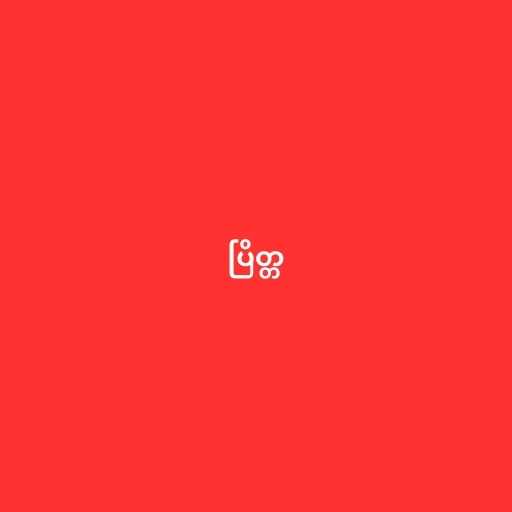
ပြိတ္တ